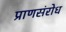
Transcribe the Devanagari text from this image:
प्राणसंरोध